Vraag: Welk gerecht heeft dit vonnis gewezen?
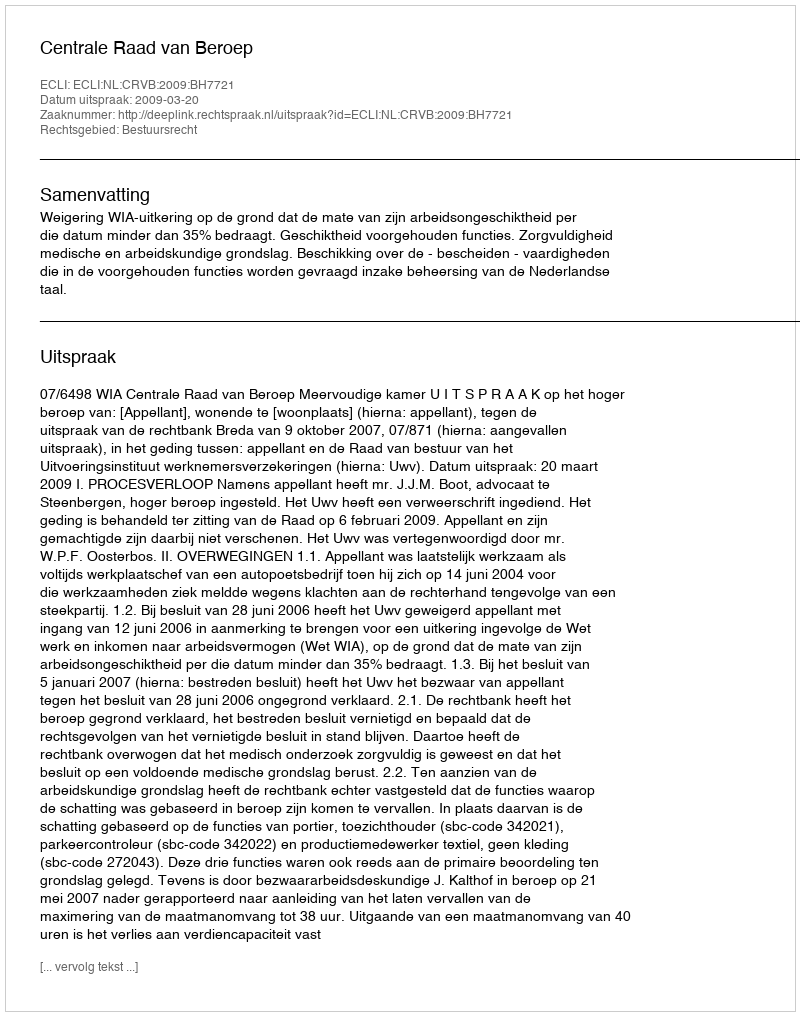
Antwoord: Centrale Raad van Beroep